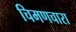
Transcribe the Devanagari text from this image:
चिमणचारा